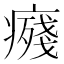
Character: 𭼨